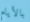
بالأيام